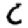
Digit: 6